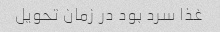
غذا سرد بود در زمان تحویل